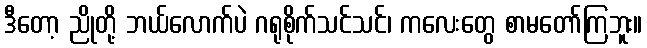
ဒီတော့ ညိုတို့ ဘယ်လောက်ပဲ ဂရုစိုက်သင်သင်၊ ကလေးတွေ စာမတော်ကြဘူး။